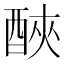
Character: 𨠿